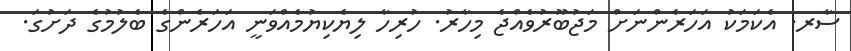
ސާރ. އެކަމަކު އަހަރެންނަށް މަޖުބޫރުވެއްޖެ މިހާރު. ހުރިހާ ލިޔެކިޔުމެއްވަނީ އަހަރެންގެ ބެލުމުގެ ދަށުގަ.